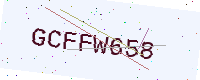
Text: GCFFW658